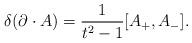
LaTeX: \begin{align*}\delta (\partial \cdot A) = {1\over t^2 - 1} [A_+, A_-].\end{align*}